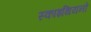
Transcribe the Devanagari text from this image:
स्काइथियनों